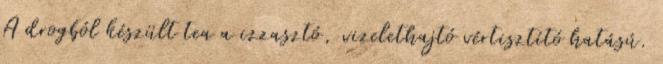
A drogból készült tea a izzasztó, vizelethajtó vértisztító hatású.